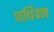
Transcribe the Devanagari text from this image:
पार्थिवत्व